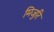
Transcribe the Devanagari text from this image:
मिजुरि